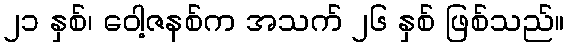
၂၁ နှစ်၊ ဝေါ့ဇနစ်က အသက် ၂၆ နှစ် ဖြစ်သည်။